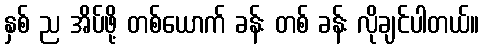
နှစ် ည အိပ်ဖို့ တစ်ယောက် ခန်း တစ် ခန်း လိုချင်ပါတယ်။